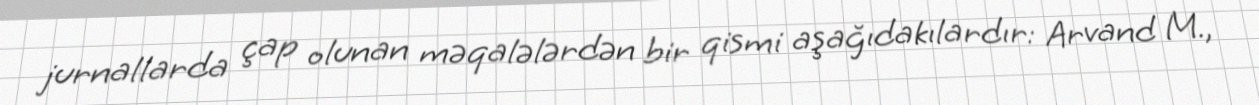
jurnallarda çap olunan məqalələrdən bir qismi aşağıdakılardır: Arvand M.,